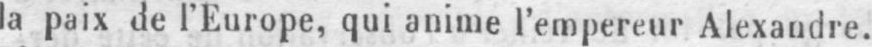
la paix de l’Europe, qui anime l’empereur Alexandre.